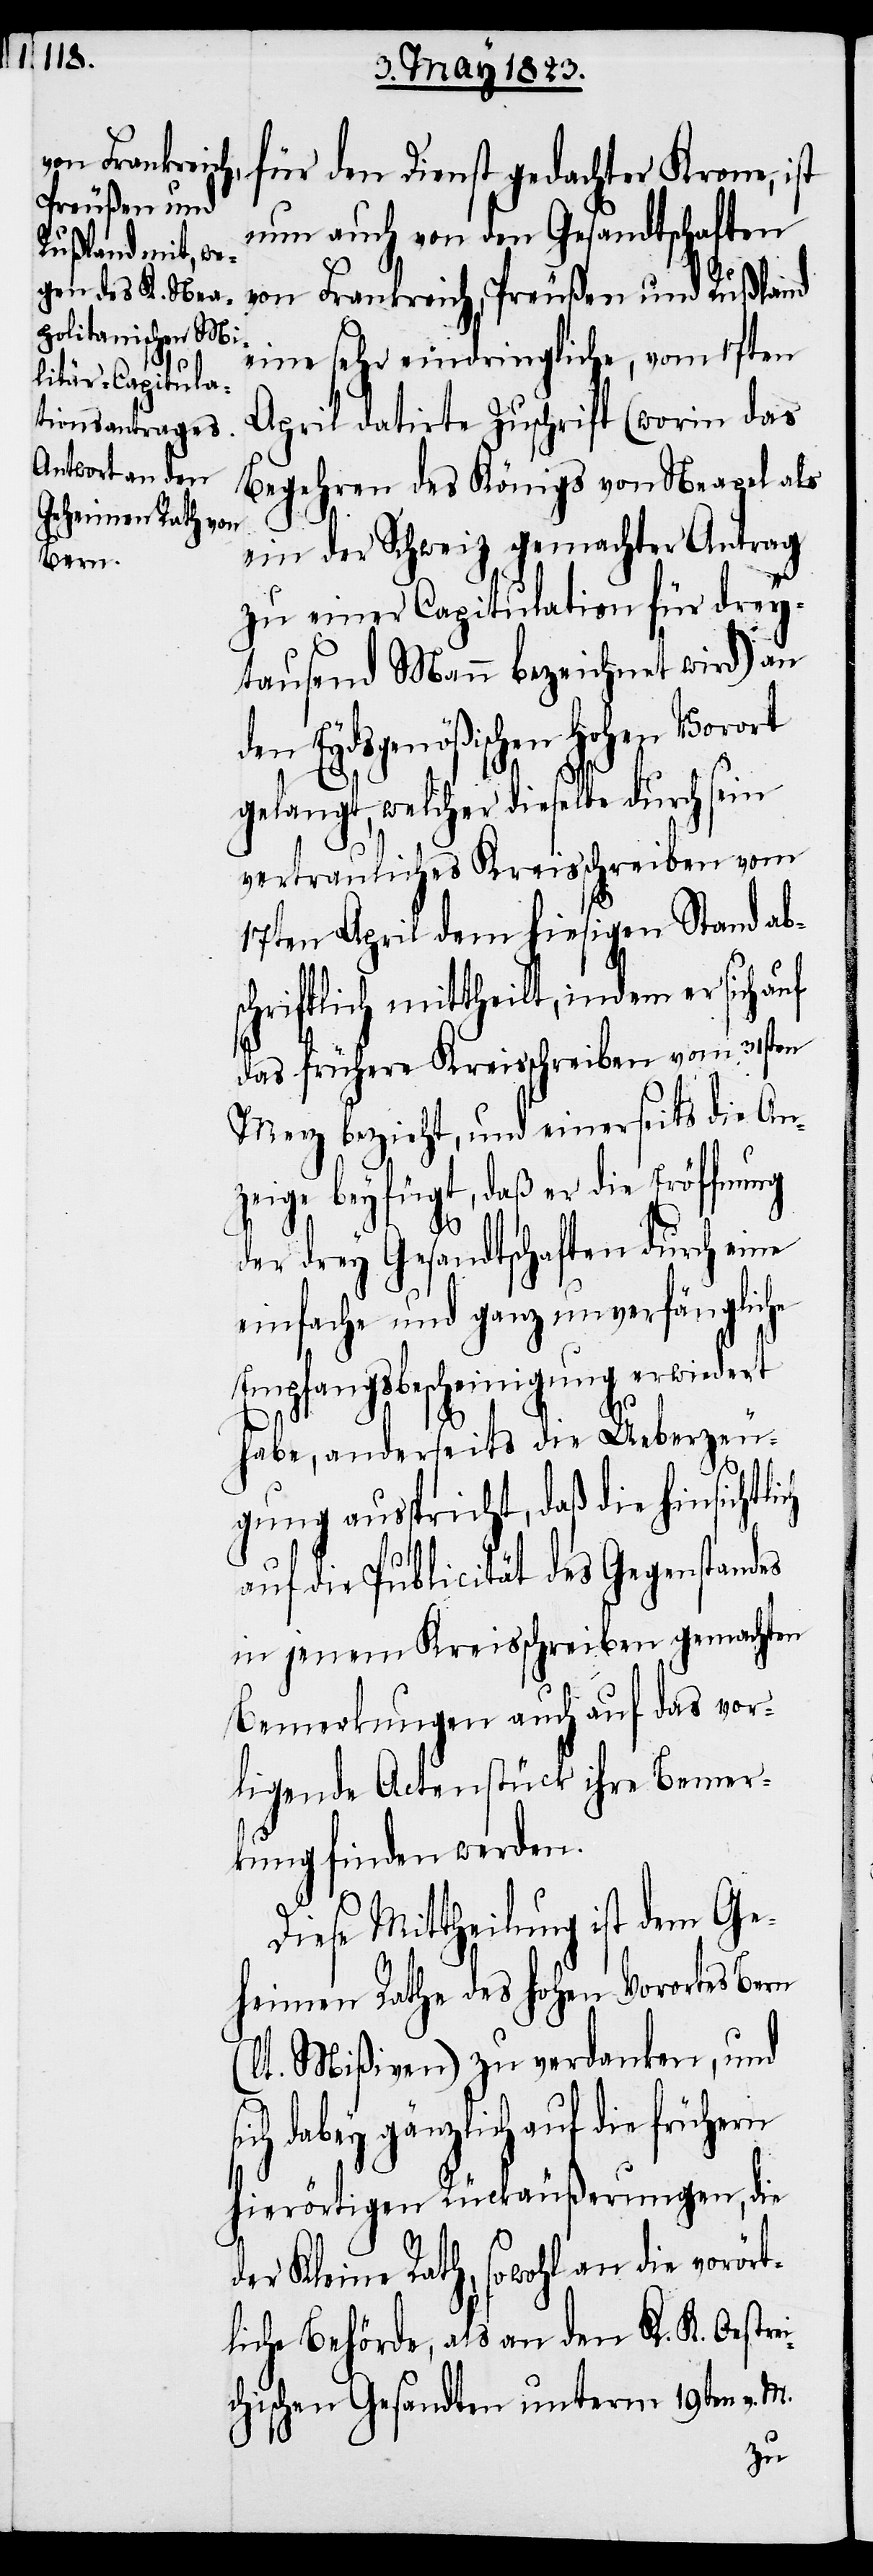
von Frankreich,
für den Dienst gedachter Krone, ist
Preußen und
nun auch von den Gesandtschaften
eine sehr eindringliche, vom 17ten
April datirte Zuschrift (worin das
Begehren des Königs von Neapel als
ein der Schweiz gemachter Antrag
zu einer Capitulation für drey¬
tausend Mann bezeichnet wird) an
Eydsgenößischen hohen Vorort
gelangt, welcher dieselbe durch sein
vertrauliches Kreisschreiben vom
17ten April dem hiesigen Stand ab¬
schriftlich mittheilt, indem er sich
das frühere Kreisschreiben vom 31sten
Merz bezieht, und einerseits die An¬
zeige beyfügt, daß er die Eröffnung
der drey Gesandtschaften durch eine
einfache und ganz unverfängliche
Empfangsbescheinigung erwiedert
habe, anderseits die Ueberzeu¬
gung ausspricht, daß die hinsichtlich
auf die Publicität des Gegenstandes
in jenem Kreisschreiben gemachten
Bemerkungen auch auf das vor¬
ligende Actenstück ihre Bemer¬
kung finden werden.
Diese Mittheilung ist dem Ge¬
heimen Rathe des hohen Vorortes Bern
(lt. Mißiven) zu verdanken, und
ich dabey gänzlich auf die frühern
hierörtigen Rückäußerungen, die
der Kleine Rath, sowohl an die vorört¬
liche Behörde, als an den K. K. Oestrei¬
chischen Gesandten unterm 19ten v. M.
s¬